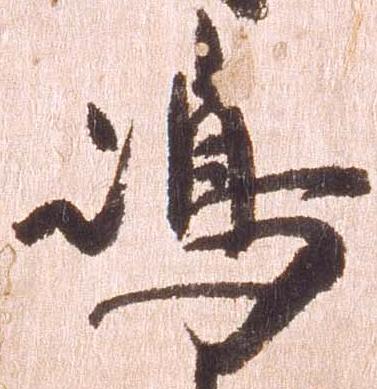
島